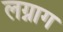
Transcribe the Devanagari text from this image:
लग्नाग